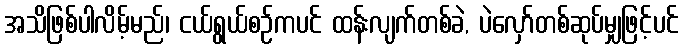
အသိဖြစ်ပါလိမ့်မည်၊ ငယ်ရွယ်စဉ်ကပင် ထန်းလျက်တစ်ခဲ, ပဲလှော်တစ်ဆုပ်မျှဖြင့်ပင်